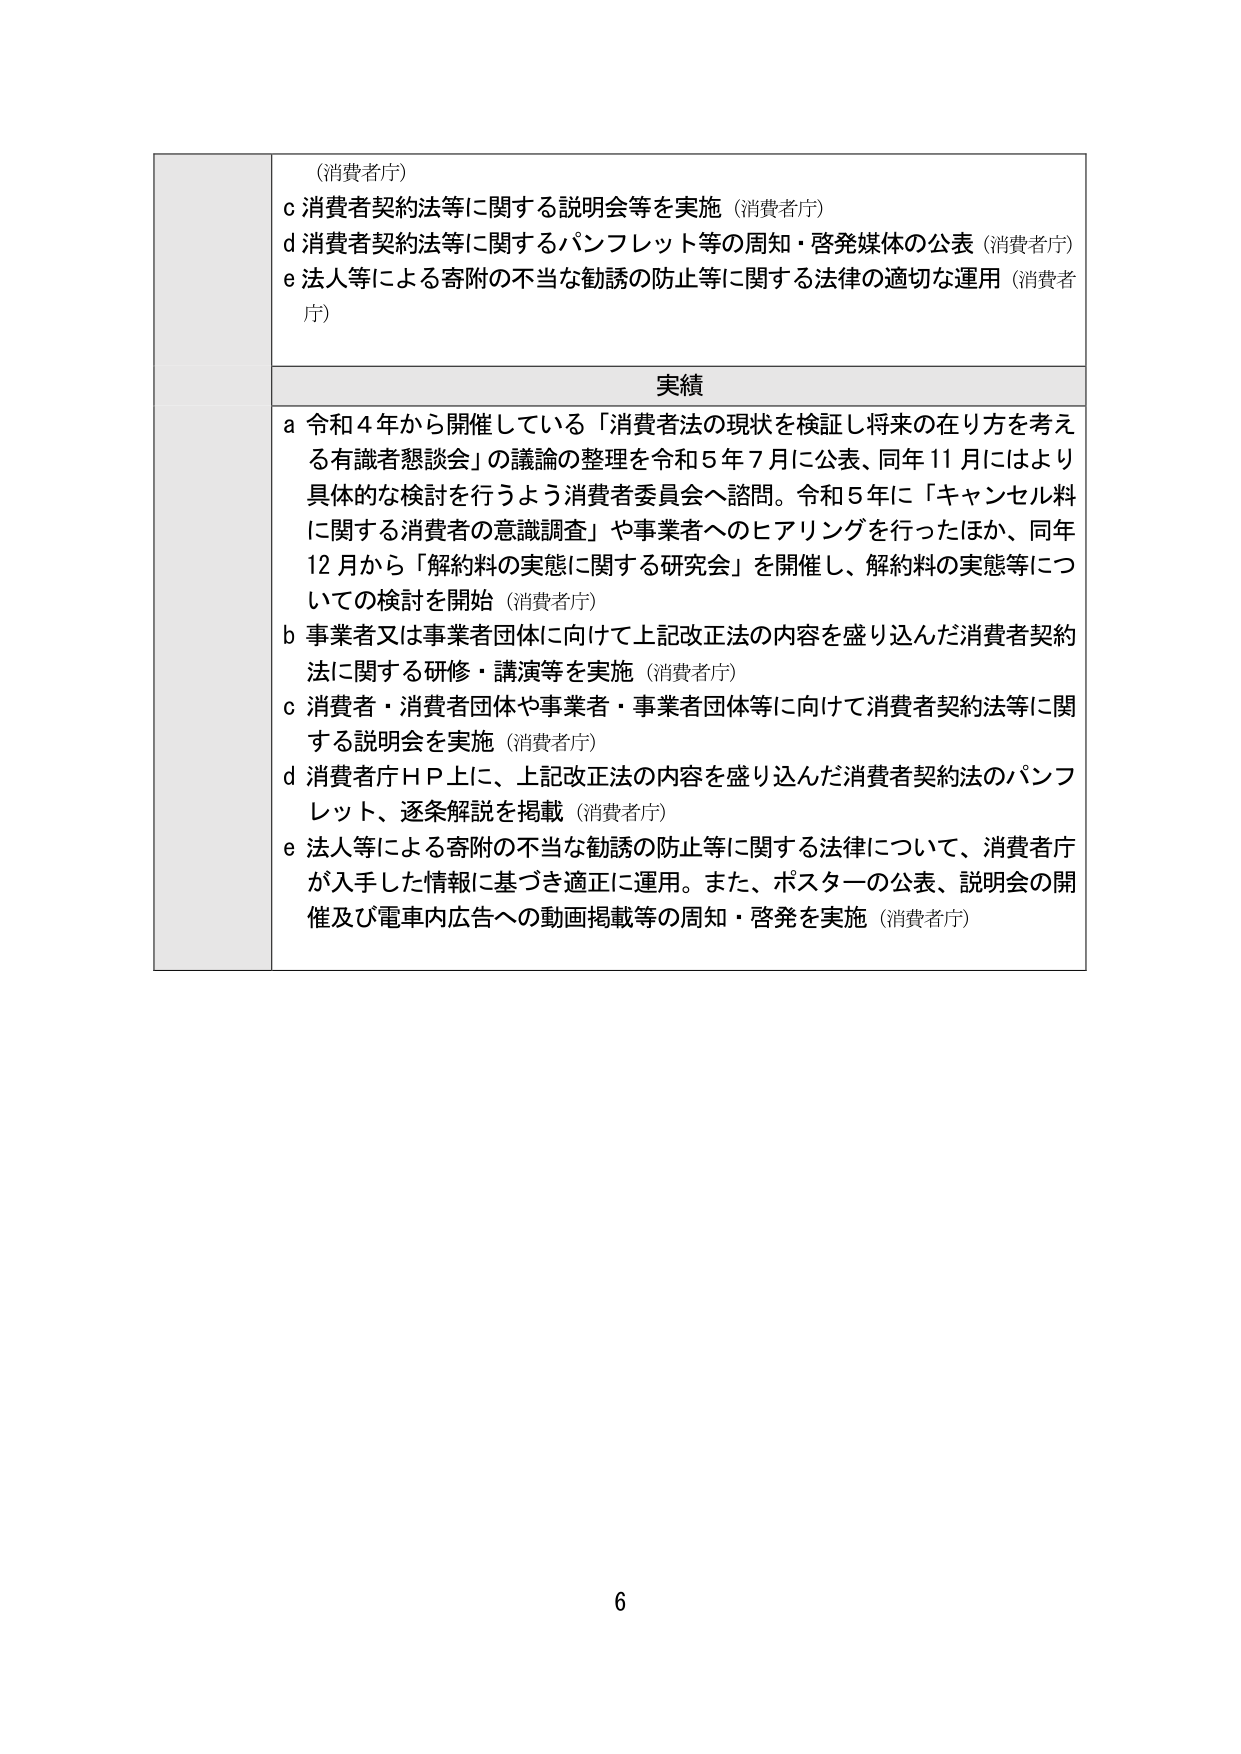
（消費者庁）
c 消費者契約法等に関する説明会等を実施（消費者庁）
d 消費者契約法等に関するパンフレット等の周知・啓発媒体の公表（消費者庁）
e 法人等による寄附の不当な勧誘の防止等に関する法律の適切な運用（消費者庁）

実績
a 令和４年から開催している「消費者法の現状を検証し将来の在り方を考える有識者懇談会」の議論の整理を令和５年７月に公表、同年11月にはより具体的な検討を行うよう消費者委員会へ諮問。令和５年に「キャンセル料に関する消費者の意識調査」や事業者へのヒアリングを行ったほか、同年12月から「解約料の実態に関する研究会」を開催し、解約料の実態等についての検討を開始（消費者庁）
b 事業者又は事業者団体に向けて上記改正法の内容を盛り込んだ消費者契約法に関する研修・講演等を実施（消費者庁）
c 消費者・消費者団体や事業者・事業者団体等に向けて消費者契約法等に関する説明会を実施（消費者庁）
d 消費者庁ＨＰ上に、上記改正法の内容を盛り込んだ消費者契約法のパンフレット、逐条解説を掲載（消費者庁）
e 法人等による寄附の不当な勧誘の防止等に関する法律について、消費者庁が入手した情報に基づき適正に運用。また、ポスターの公表、説明会の開催及び電車内広告への動画掲載等の周知・啓発を実施（消費者庁）

6